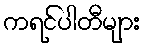
ကရင်ပါတီများ